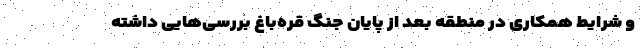
و شرایط همکاری در منطقه بعد از پایان جنگ قره‌باغ بررسی‌هایی داشته